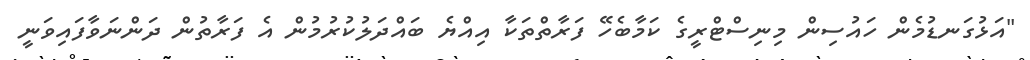
"އަޅުގަނޑުމެން ހައުސިން މިނިސްޓްރީގެ ކަމާބެހޭ ފަރާތްތަކާ އިއްޔެ ބައްދަލުކުރުމުން އެ ފަރާތުން ދަންނަވާފައިވަނީ